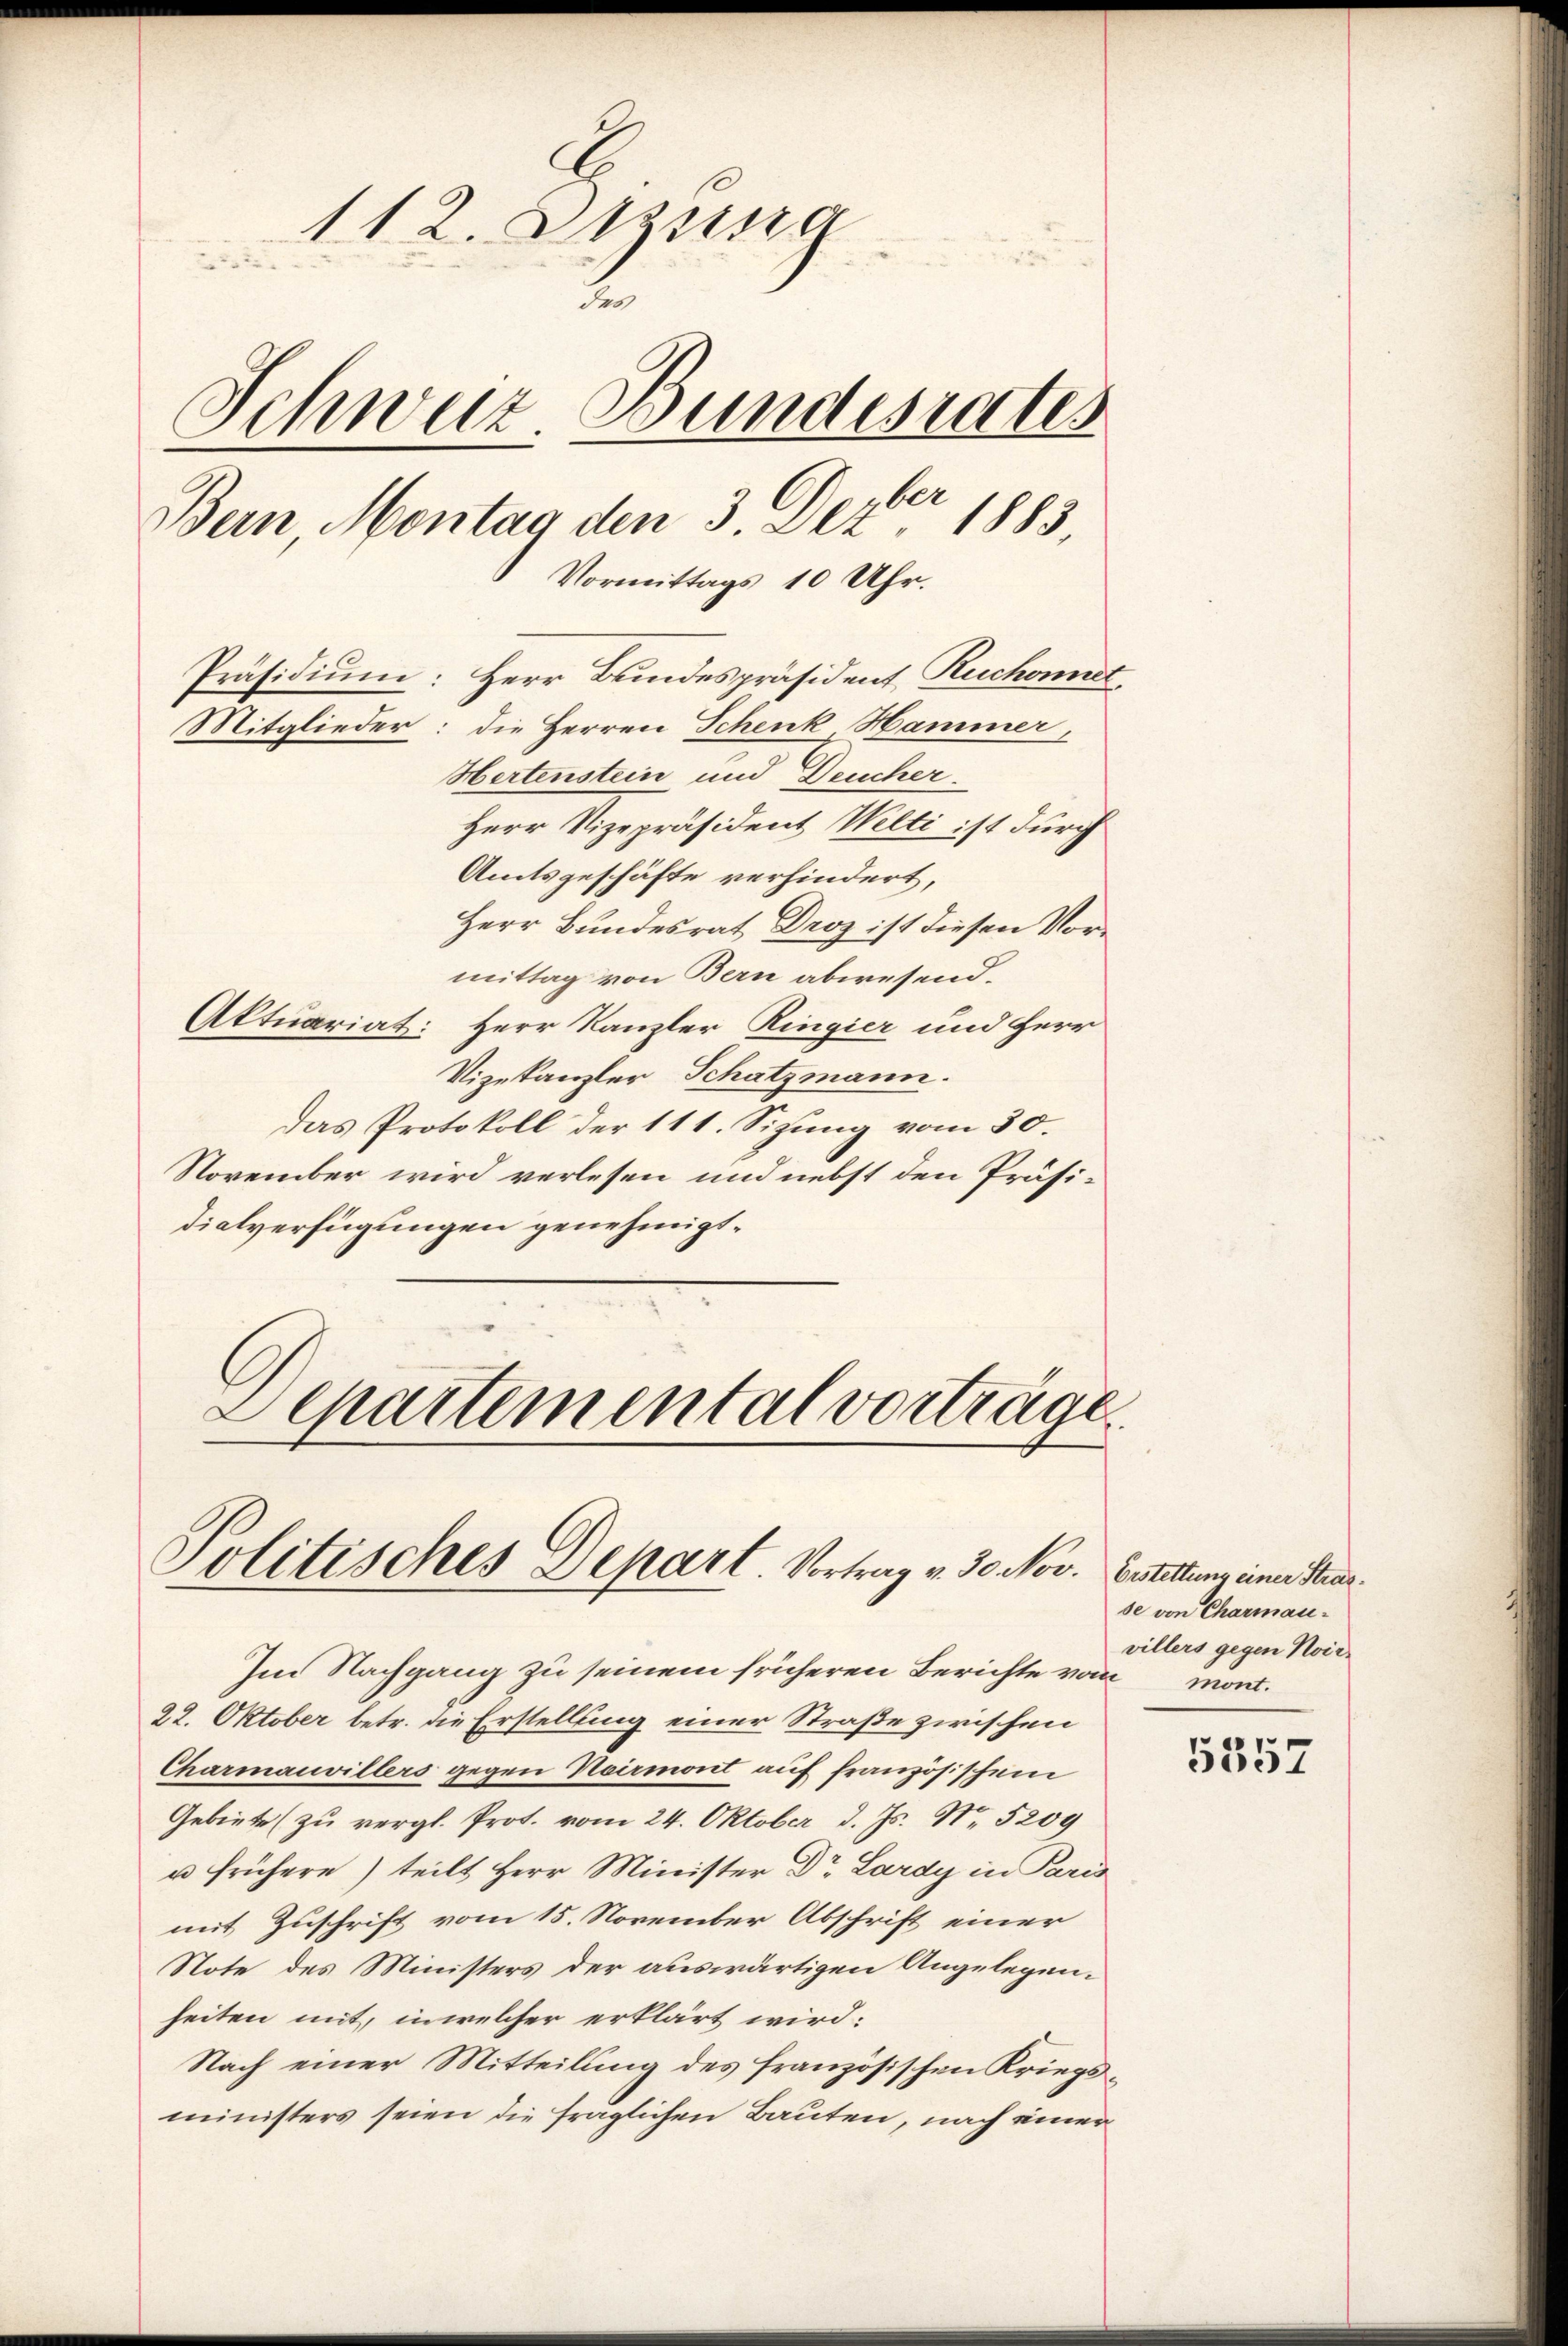
112. Diezina
.
Schweiz Bundesrates
b
Bern Montag den 3. Dez. 1883,
Vormittags 10 Uhr.
Präsidium: Herr Bundespräsident Ruchonner
Mitglieder: die Herren Schenk Hammer,
Hertenstein und Deucher
Herr Vizepräsident Welti ist durch

Amtsgeschäfte verhindert,
Herr Bundesrat Droz ist diesen Vormittag von Bern abwesend.
Aktuariat: Herr Kanzler Ringier und Herr
Vizekanzler, Schatzmann.
Das Protokoll der 111. Sizung vom 30.
November wird verlesen und nebst den Präsidialverfügungen genehmigt.
Separtemental vorträge.

Im Nachgang zu seinem früheren Berichte vom
22. Oktober betr. die Erstellung einer Straße zwischen
Charmauvillers gegen Harmont auf französischen
Gebiete (zu vergl. Prot. vom 24. Oktober d. Js. No. 5209
u frühere) teilt Herr Minister Dr. Lardy in Paris
mit Zuschrift vom 15. November Abschrift einer
Note des Ministers der auswärtigen Angelegenheiten mit, in welcher erklärt wird:
Nach einer Mitteilung des französischen Kriegsministers seien die fraglichen Bauten, nach einer

Politisches Depart Vortrag v. 30. Nov. Custellung einer Stras

se von Charmauvillers gegen Noirmont.

5357